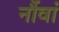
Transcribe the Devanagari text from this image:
नौंवां